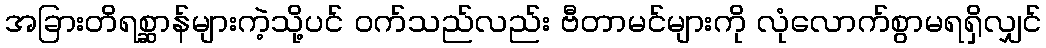
အခြားတိရစ္ဆာန်များကဲ့သို့ပင် ဝက်သည်လည်း ဗီတာမင်များကို လုံလောက်စွာမရရှိလျှင်